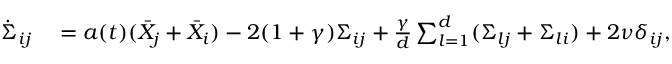
\begin{array} { r l r l } { \dot { \Sigma } _ { i j } } & { { } = a ( t ) ( \bar { X } _ { j } + \bar { X } _ { i } ) - 2 ( 1 + \gamma ) \Sigma _ { i j } + \frac { \gamma } { d } \sum _ { l = 1 } ^ { d } ( \Sigma _ { l j } + \Sigma _ { l i } ) + 2 \nu \delta _ { i j } , } & { \quad } & { { } i , j \in \{ 1 , 2 , . . . , d \} , } \end{array}